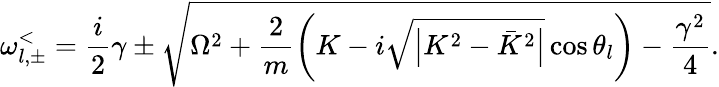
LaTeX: \omega_{l,\pm}^{<}=\frac{i}{2}\gamma\pm\sqrt{\Omega^{2}+\frac{2}{m}\left(K-i\sqrt{\left|K^{2}-\bar{K}^{2}\right|}\cos\theta_{l}\right)-\frac{\gamma^{2}}{4}}.